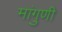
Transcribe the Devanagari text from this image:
मांगुणी